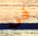
فى